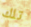
تلك